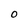
Character: 0